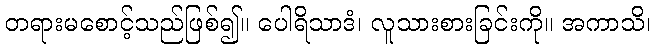
တရားမစောင့်သည်ဖြစ်၍။ ပေါရိသာဒံ၊ လူသားစားခြင်းကို။ အကာသိ၊